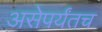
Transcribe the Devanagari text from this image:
असेपर्यंतच